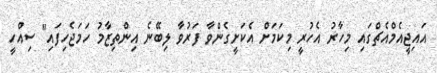
އައިޖީއެމްއެޗްގައި މިހާރު އެހުރީ މިކަމަށް އެކަށީގެންވާ ފަރުވާ ލިބޭނެ އިންތިޒާމު ހަމަޖެހިފައި" ސިއްހީ